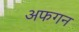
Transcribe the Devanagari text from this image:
अफगन